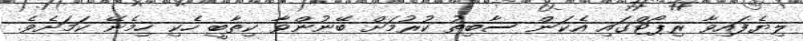
ލިޔެފައިވާ ރިޕޯޓްގައި އެކަން ސާބިތު ކުރުމަށް ބޭނުންވާ ކިތާބީ ހެކި ހިމެނޭ ކަމަށެވެ.